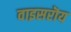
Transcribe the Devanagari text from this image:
वाइसरॊय